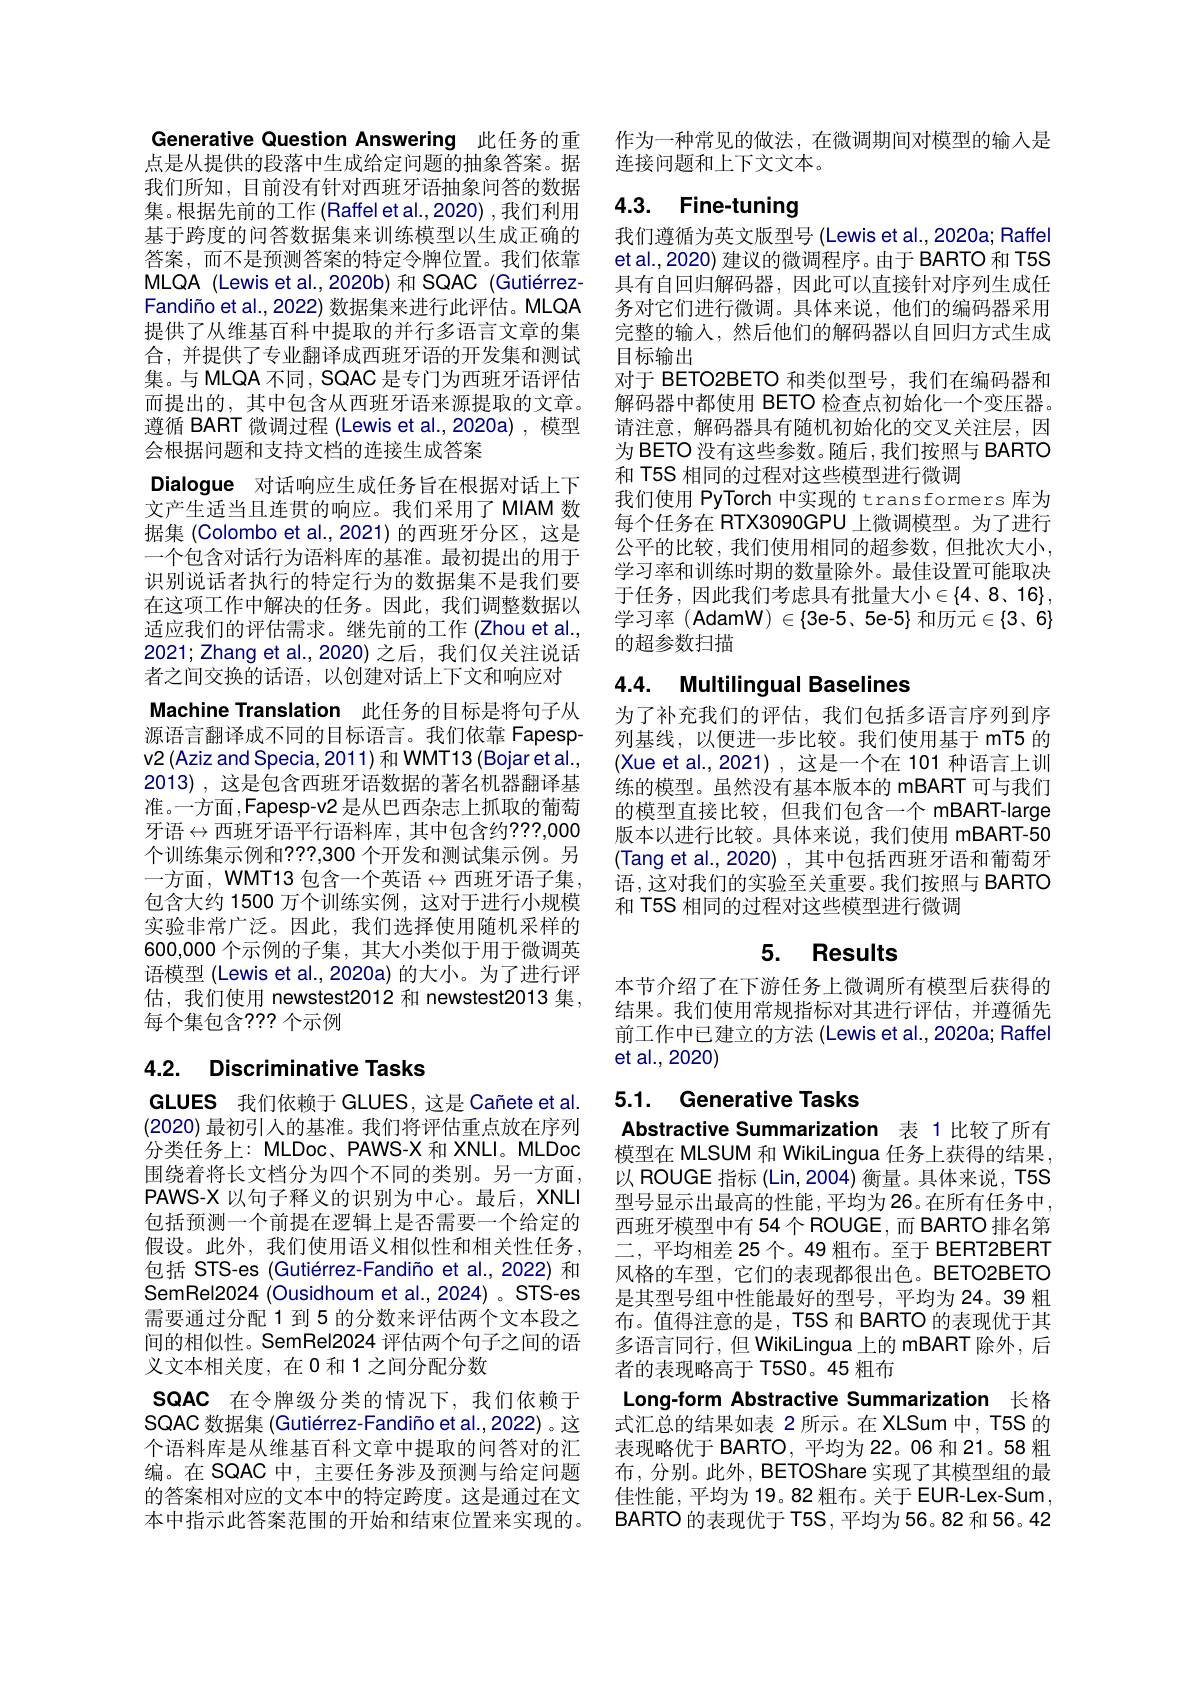
Generative Question Answering 此任务的重点是从提供的段落中生成给定问题的抽象答案。据我们所知，目前没有针对西班牙语抽象问答的数据集。根据先前的工作 (Raffel et al.,2020) ,我们利用基于跨度的问答数据集来训练模型以生成正确的答案，而不是预测答案的特定令牌位置。我们依靠MLQA (Lewis et al., 2020b) 和 SQAC (GutiérrezFandiño et al., 2022) 数据集来进行此评估。MLQA 提供了从维基百科中提取的并行多语言文章的集合，并提供了专业翻译成西班牙语的开发集和测试集。与 MLQA 不同，SQAC 是专门为西班牙语评估而提出的，其中包含从西班牙语来源提取的文章。遵循 BART 微调过程 (Lewis et al.,2020a),模型会根据问题和支持文档的连接生成答案
Dialogue 对话响应生成任务旨在根据对话上下文产生适当且连贯的响应。我们采用了 MIAM 数据集 (Colombo et al.,2021) 的西班牙分区，这是一个包含对话行为语料库的基准。最初提出的用于识别说话者执行的特定行为的数据集不是我们要在这项工作中解决的任务。因此，我们调整数据以适应我们的评估需求。继先前的工作 (Zhou et al., 2021; Zhang et al., 2020) 之后，我们仅关注说话者之间交换的话语，以创建对话上下文和响应对
Machine Translation 此任务的目标是将句子从源语言翻译成不同的目标语言。我们依靠 Fapespv2 (Aziz and Specia, 2011) 和 WMT13 (Bojar et al., 2013), 这是包含西班牙语数据的著名机器翻译基准。一方面，Fapesp-v2 是从巴西杂志上抓取的葡萄牙语$\leftrightarrow$西班牙语平行语料库，其中包含约？??,000个训练集示例和？??,300 个开发和测试集示例。另一方面，WMT13 包含一个英语$\leftrightarrow$西班牙语子集， 包含大约 1500 万个训练实例，这对于进行小规模实验非常广泛。因此，我们选择使用随机采样的600,000 个示例的子集，其大小类似于用于微调英语模型 (Lewis et al., 2020a) 的大小。为了进行评估，我们使用 newstest2012 和 newstest2013 集， 每个集包含？?? 个示例

# 4.2. Discriminative Tasks

GLUES 我们依赖于 GLUES, 这是 Cañete et al. (2020)最初引人的基准。我们将评估重点放在序列分类任务上：MLDoc、PAWS-X 和 XNLI。MLDoc 围绕着将长文档分为四个不同的类别。另一方面， PAWS-X 以句子释义的识别为中心。最后，XNLI 包括预测一个前提在逻辑上是否需要一个给定的假设。此外，我们使用语义相似性和相关性任务， 包括 STS-es (Gutiérrez-Fandiño et al.,2022) 和SemRel2024 (Ousidhoum et al., 2024) 。STS-es 需要通过分配 1 到 5 的分数来评估两个文本段之间的相似性。SemRel2024 评估两个句子之间的语义文本相关度，在0和1之间分配分数
SQAC 在令牌级分类的情况下，我们依赖于SQAC 数据集 (Gutiérrez-Fandiño et al.,2022) 。这个语料库是从维基百科文章中提取的问答对的汇编。在 SQAC 中，主要任务涉及预测与给定问题的答案相对应的文本中的特定跨度。这是通过在文本中指示此答案范围的开始和结束位置来实现的。

作为一种常见的做法，在微调期间对模型的输入是
连接问题和上下文文本。

## 4.3. Fine-tuning

我们遵循为英文版型号 (Lewis et al.,2020a; Raffel et al., 2020) 建议的微调程序。由于 BARTO 和 T5S 具有自回归解码器，因此可以直接针对序列生成任务对它们进行微调。具体来说，他们的编码器采用完整的输入，然后他们的解码器以自回归方式生成目标输出
对于 BETO2BETO 和类似型号，我们在编码器和解码器中都使用 BETO 检查点初始化一个变压器。请注意，解码器具有随机初始化的交叉关注层，因为 BETO 没有这些参数。随后 ,我们按照与 BARTO 和 T5S 相同的过程对这些模型进行微调
我们使用 PyTorch 中实现的 transformers 库为每个任务在 RTX3090GPU 上微调模型。为了进行公平的比较，我们使用相同的超参数，但批次大小， 学习率和训练时期的数量除外。最佳设置可能取决于任务，因此我们考虑具有批量大小$\in\{4,8,16\}$, 学习率 (AdamW) $\in\{3$e-5、5e-5}和历元$\in\{3,6\}$ 的超参数扫描

## 4.4. Multilingual Baselines

为了补充我们的评估，我们包括多语言序列到序列基线，以便进一步比较。我们使用基于 mT5 的(Xue et al., 2021), 这是一个在 101 种语言上训练的模型。虽然没有基本版本的 mBART 可与我们的模型直接比较，但我们包含一个 mBART-large 版本以进行比较。具体来说，我们使用 mBART-50 (Tang et al., 2020) , 其中包括西班牙语和葡萄牙语，这对我们的实验至关重要。我们按照与 BARTO 和 T5S 相同的过程对这些模型进行微调

# 5. Results

本节介绍了在下游任务上微调所有模型后获得的结果。我们使用常规指标对其进行评估，并遵循先前工作中已建立的方法 (Lewis et al.,2020a; Raffel et al.,2020)

# 5.1. Generative Tasks
Abstractive Summarization 表 1 比较了所有

模型在 MLSUM 和 WikiLingua 任务上获得的结果以 ROUGE 指标 (Lin,2004) 衡量。具体来说，T5S 型号显示出最高的性能，平均为26。在所有任务中西班牙模型中有 54 个 ROUGE, 而 BARTO 排名第二，平均相差 25个。49 粗布。至于 BERT2BERT 风格的车型，它们的表现都很出色。BETO2BETO 是其型号组中性能最好的型号，平均为24。39 粗布。值得注意的是，T5S 和 BARTO 的表现优于其多语言同行，但 WikiLingua 上的 mBART 除外，后者的表现略高于 T5S0。45 粗布

Long-form Abstractive Summarization 长格式汇总的结果如表 2 所示。在 XLSum 中，T5S 的表现略优于 BARTO, 平均为 22。06 和 21。58 粗布，分别。此外，BETOShare 实现了其模型组的最佳性能，平均为 19。82 粗布。关于 EUR-Lex-Sum BARTO 的表现优于 T5S, 平均为56。82 和 56。42